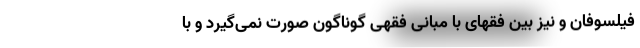
فیلسوفان و نیز بین فقهای با مبانی فقهی گوناگون صورت نمی‌گیرد و با